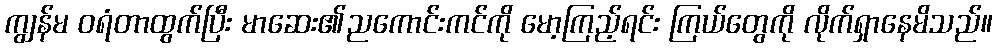
ကျွန်မ ဝရံတာထွက်ပြီး မာဆေး၏ညကောင်းကင်ကို မော့ကြည့်ရင်း ကြယ်တွေကို လိုက်ရှာနေမိသည်။